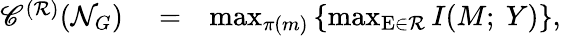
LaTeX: \begin{array}{rlr}{\mathscr{C}^{(\mathcal{R})}(\mathcal{N}_{G})}&{{}=}&{\operatorname*{max}_{\pi(m)}\left\{ \operatorname*{max}_{\mathrm{E}\in\mathcal{R}}I(M;~Y)\right\} ,}\end{array}